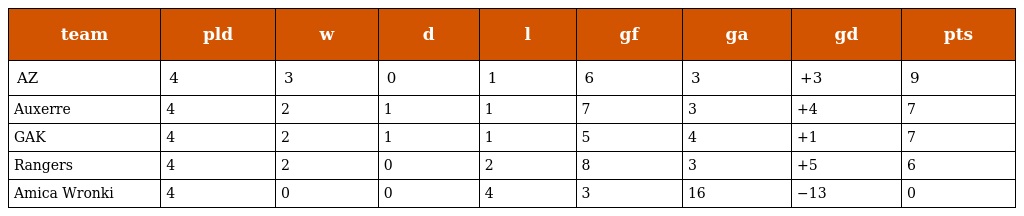
| team | pld | w | d | l | gf | ga | gd | pts |
 | --- | --- | --- | --- | --- | --- | --- | --- | --- |
 | AZ | 4 | 3 | 0 | 1 | 6 | 3 | +3 | 9 |
 | Auxerre | 4 | 2 | 1 | 1 | 7 | 3 | +4 | 7 |
 | GAK | 4 | 2 | 1 | 1 | 5 | 4 | +1 | 7 |
 | Rangers | 4 | 2 | 0 | 2 | 8 | 3 | +5 | 6 |
 | Amica Wronki | 4 | 0 | 0 | 4 | 3 | 16 | −13 | 0 |